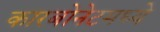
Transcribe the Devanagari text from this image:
कारबोनेटमध्ये